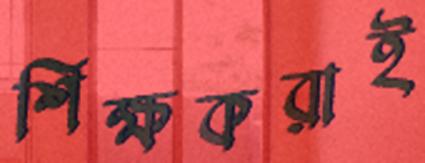
শিক্ষকরাই